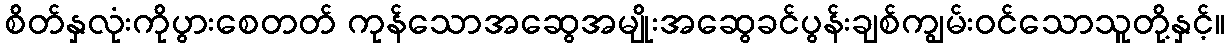
စိတ်နှလုံးကိုပွားစေတတ် ကုန်သောအဆွေအမျိုးအဆွေခင်ပွန်းချစ်ကျွမ်းဝင်သောသူတို့နှင့်။